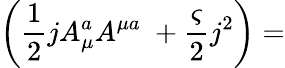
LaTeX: \left(\frac{1}{2}jA_{\mu}^{a}A^{\mu a}\; +\frac{\varsigma}{2}j^{2}\right)=